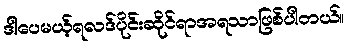
ဒါပေမယ့်ရလဒ်ပိုင်းဆိုင်ရာအရသာဖြစ်ပါတယ်။